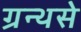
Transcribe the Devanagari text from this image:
ग्रन्थसे